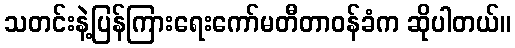
သတင်းနဲ့ပြန်ကြားရေးကော်မတီတာဝန်ခံက ဆိုပါတယ်။